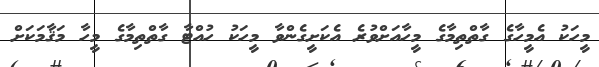
މީހަކު އެމީހާގެ ގާތްތިމާގެ މީހާއަށްވުރެ އެކަށީގެންވާ މީހަކު ހުއްޓާ ގާތްތިމާގެ މީހާ މަޤާމަކަށް